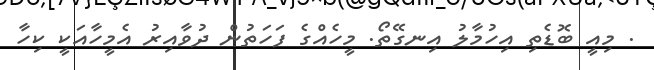
. މިއީ ބޮޑެތި އިހުމާލު އިނގޭތޯ. މީހެއްގެ ފަހަތުން ދުވާއިރު އެމީހާއަކީ ކިހާ